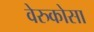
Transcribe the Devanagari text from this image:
वेरुकोसा